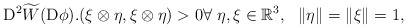
\begin{align*}{\rm D}^2\widetilde{W}({\rm D}\phi).(\xi\otimes\eta,\xi\otimes\eta)>0\forall\ \eta, \xi\in \mathbb{R}^3, \ \ \lVert \eta\rVert=\lVert \xi\rVert=1,\end{align*}